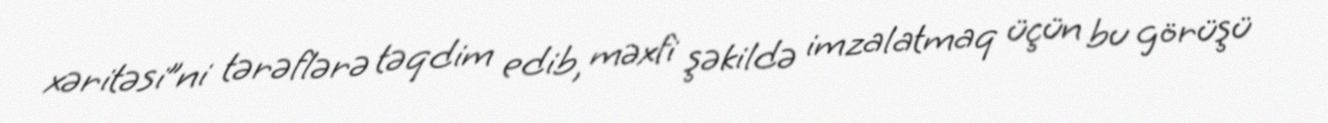
xəritəsi”ni tərəflərə təqdim edib, məxfi şəkildə imzalatmaq üçün bu görüşü